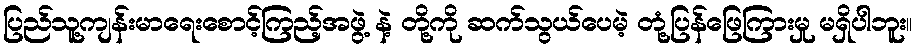
ပြည်သူ့ကျန်းမာရေးစောင့်ကြည့်အဖွဲ့ နဲ့ တို့ကို ဆက်သွယ်ပေမဲ့ တုံ့ပြန်ဖြေကြားမှု မရှိပါဘူး။